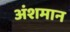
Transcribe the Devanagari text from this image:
अंशमान